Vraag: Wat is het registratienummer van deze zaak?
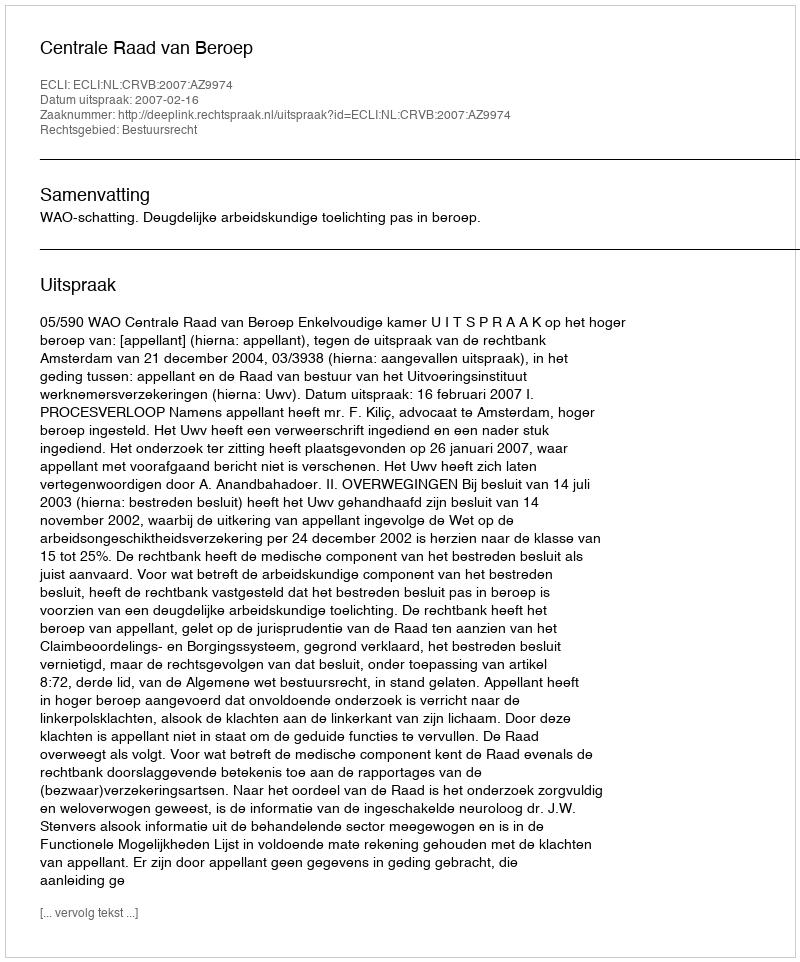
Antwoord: http://deeplink.rechtspraak.nl/uitspraak?id=ECLI:NL:CRVB:2007:AZ9974